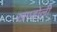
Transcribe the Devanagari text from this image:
खण्डोली